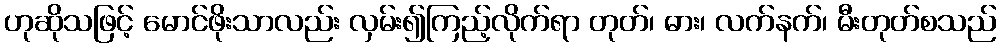
ဟုဆိုသဖြင့် မောင်ဖိုးသာလည်း လှမ်း၍ကြည့်လိုက်ရာ တုတ်၊ ဓား၊ လက်နက်၊ မီးတုတ်စသည်